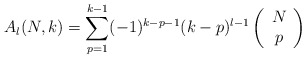
\begin{align*}A_l(N,k) = \sum_{p=1}^{k-1}(-1)^{k-p-1}(k-p)^{l-1}\left(\begin{array}{c}N \\p\end{array}\right) \end{align*}